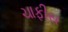
ચાફીસ